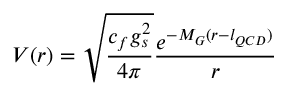
V ( r ) = \sqrt { \frac { c _ { f } g _ { s } ^ { 2 } } { 4 \pi } } \frac { e ^ { - M _ { G } ( r - l _ { Q C D } ) } } { r }